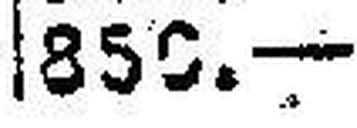
850.—